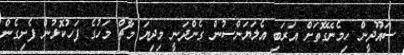
ސައޫދީން ހިމެނޭގޮތަށް އަރަބި އެލަޔަންސުން ގެންދަނީ މިދިޔަ މާޗް މަހުގެ ފަހުކޮޅުން ފެށިގެން